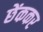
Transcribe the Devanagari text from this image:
छेंककर